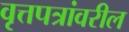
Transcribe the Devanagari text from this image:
वृत्तपत्रांवरील